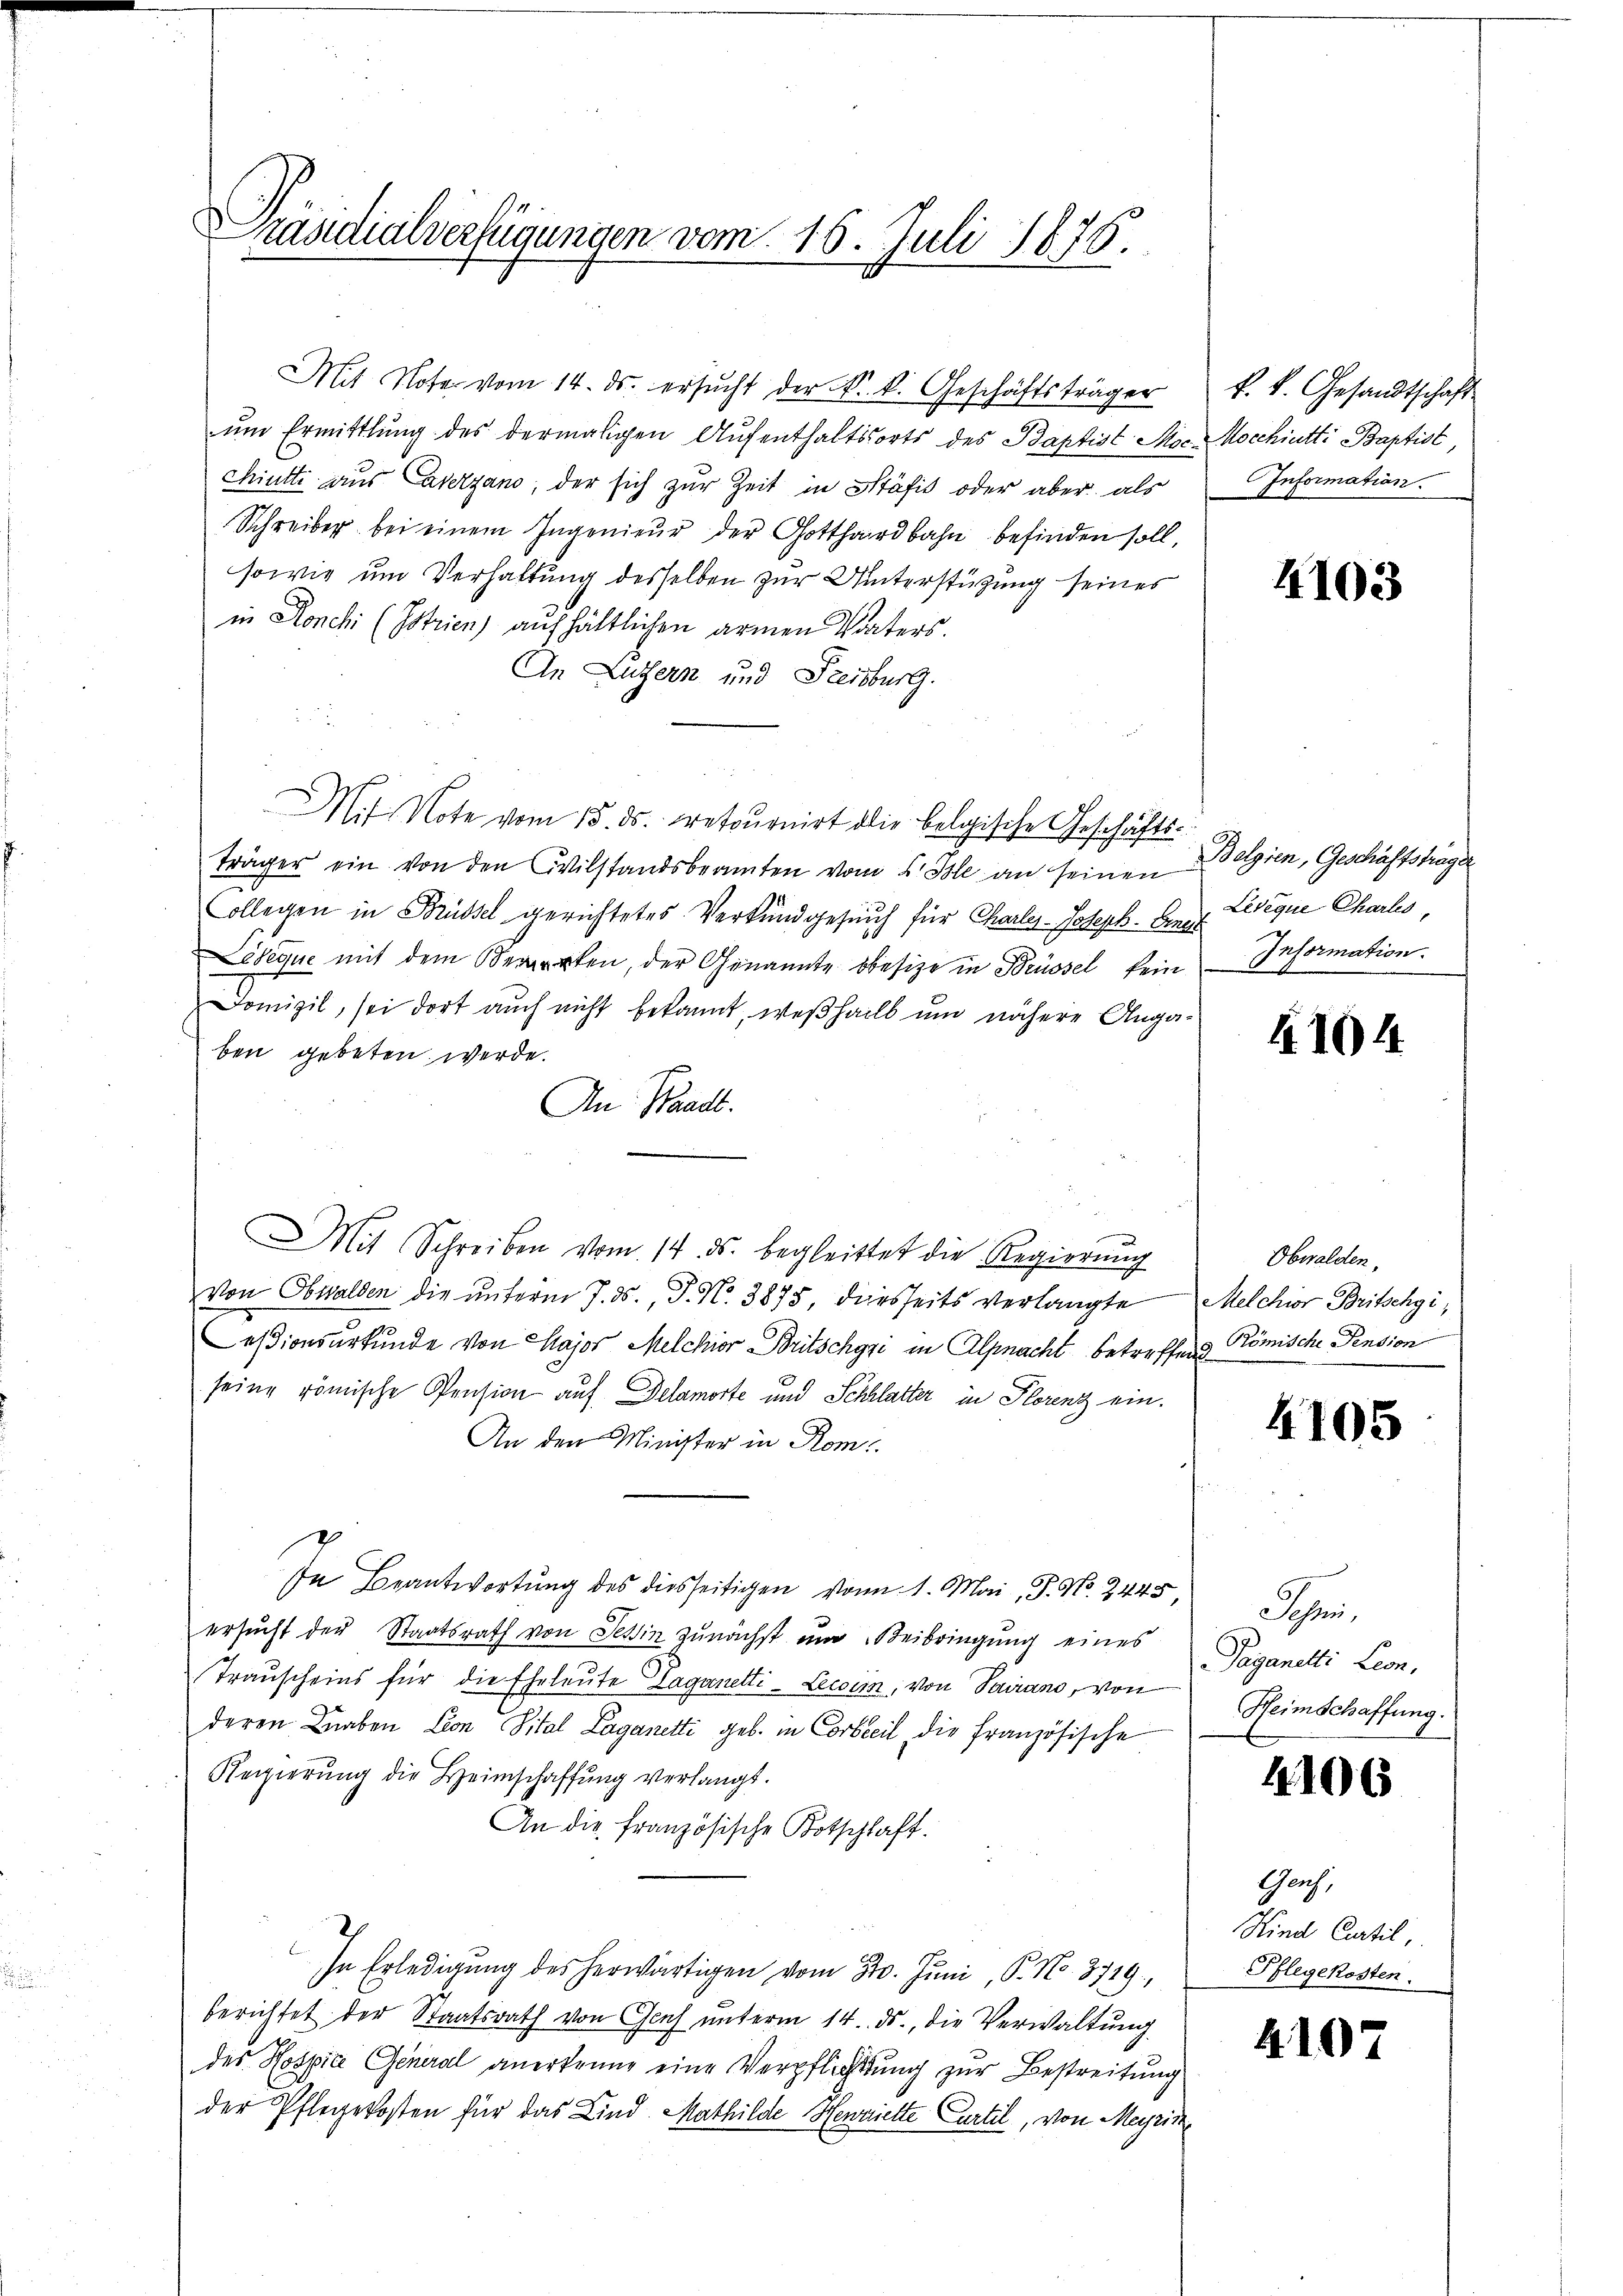
Präsidialverfügungen vom 15. Juli 1876.

Mit Note vom 14. ds. ersŭcht der k. k. Geschäftsträger
um Ermittlung des dermaligen Aufenthaltsorts des Baptist Mocchiutti aus Averzano, der sich zur Zeit in Kräfis oder aber, als
Schreiber bei einem Ingenieŭr der Gotthardbahn befinden soll,
sowie um Verhaltung desselben zur Unterstützung seines
in Ronchi (Istrien) aufhältlichen armen Vaters.
In Luzern und Freiburg.
Mif Note vom 15. ds. retournirt die belgische Geschäfts-
träger ein von den Civilstandsbeamten vom 5. Isle an seinen Belgien, Geschäftsträger
Collegen in Brüssel gerichtetes Verkundgesuch für Charlez-Joseph. Erne
Lidique mit dem Verorten, der Genannte besize in Brüssel kein
Domizil, sei dort auch nicht bekannt, weßhalb um nähere Angaben gebeten werde.
An Waadt.
Mit Schreiben vom 14. ds. begleittet die Regierŭng
von Obwalden die ŭnterm 7. ds., P. Nr. 3875, diesseits verlangte Melchior Britschgi,
esionsurkunde von Major Melchior Britschyri in Alpnacht betreffend Römische Pension
seine römische Pension auf Delamorte und Schlatter in Florenz ein.
An den Minister in Rom
In Beantwortung des diesseitigen von 1. Mai, P. No. 2445
ersucht der Staatsrath von Tessin zunächst um Beibringung eines
Trauscheins für die Eheleute Laganetti-Lecum, von Sairano, von
deren Knaben Leon Vital Laganetti geb. in Corbteil die französische
Regierung die Heimschaffung verlangt.
An die französische Botschlaft.
2
In Erledigung des herwärtigen vom 31. Juni, P. No. 8719,
berichtet der Staatsrath von Genf unterm 14. ds., die Verwaltung
des Hospice General anerkenne eine Verpflichtung zur Bestreitung
der Pflegekosten für das Kind Mathilde Henzielte Cartel, von Meyris

k. k. Gesandtschaft
Mocchiutti Baptist,
Information.

4103

Ledique Charts,
Information.

4104

Obwalden,

4105

Schri
Paganetti Leon,
Heimschaffung.

4106

Gach,
Kind Curtil
Pflegekosten.

4107